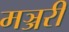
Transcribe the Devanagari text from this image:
मञ्जरी